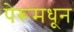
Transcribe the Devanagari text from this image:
पेरूमधून